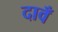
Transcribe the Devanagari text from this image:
दावँ